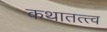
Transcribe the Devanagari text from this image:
कथातत्त्व